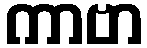
ကာဗာ